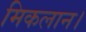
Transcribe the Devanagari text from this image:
मिकलान।